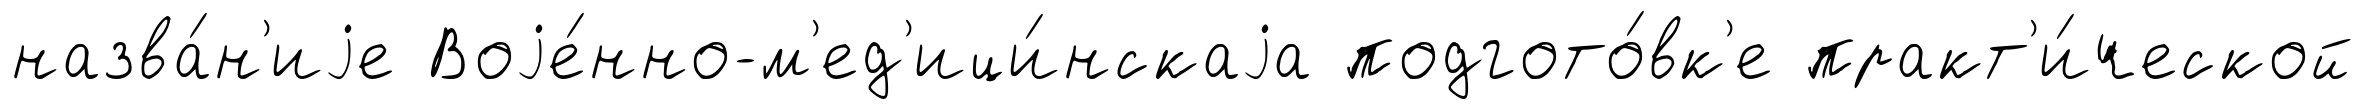
назва́н'иjе Воjе́нно-м'ед'ици́нскаjа подгото́вк'е практ'и́ческой